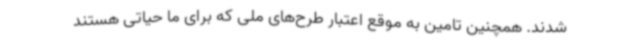
شدند. همچنین تامین به موقع اعتبار طرح‌های ملی که برای ما حیاتی هستند